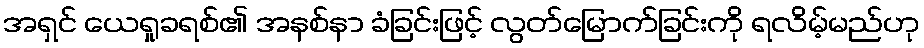
အရှင် ယေရှုခရစ်၏ အနစ်နာ ခံခြင်းဖြင့် လွတ်မြောက်ခြင်းကို ရလိမ့်မည်ဟု